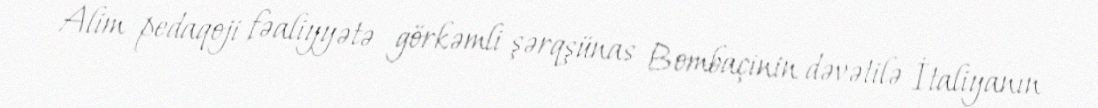
Alim pedaqoji fəaliyyətə görkəmli şərqşünas Bombaçinin dəvətilə İtaliyanın